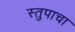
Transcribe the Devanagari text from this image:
स्तुपाचा